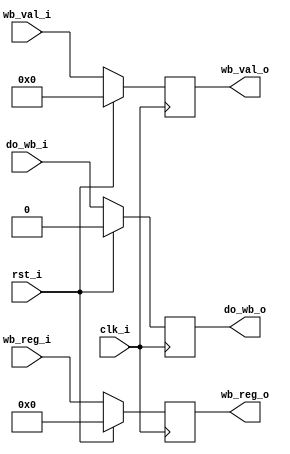
module  stage5_writeback(
    input clk_i,
    input rst_i,
    input do_wb_i,
    input [4:0] wb_reg_i,
    input [31:0] wb_val_i,
    output reg do_wb_o,
    output reg [4:0] wb_reg_o,
    output reg [31:0] wb_val_o
);
always @(posedge clk_i)
begin
    if (rst_i) begin
        do_wb_o <= 0;
        wb_reg_o <= 0;
        wb_val_o <= 0;
    end else begin
        do_wb_o <= do_wb_i;
        wb_reg_o <= wb_reg_i;
        wb_val_o <= wb_val_i;
    end
end
endmodule